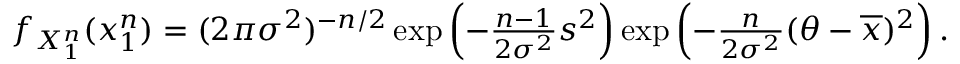
\begin{array} { r } { f _ { X _ { 1 } ^ { n } } ( x _ { 1 } ^ { n } ) = ( 2 \pi \sigma ^ { 2 } ) ^ { - n / 2 } \exp \left( - { \frac { n - 1 } { 2 \sigma ^ { 2 } } } s ^ { 2 } \right) \exp \left( - { \frac { n } { 2 \sigma ^ { 2 } } } ( \theta - { \overline { { x } } } ) ^ { 2 } \right) . } \end{array}